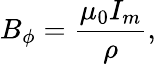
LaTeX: B_{\phi}=\frac{\mu_{0}I_{m}}{\rho},